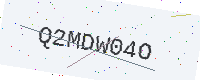
Text: Q2MDW04O